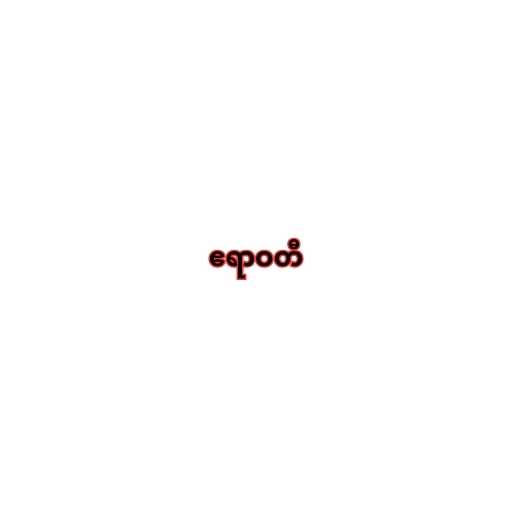
ဧရာဝတီ